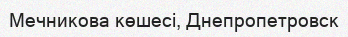
Мечникова көшесі, Днепропетровск